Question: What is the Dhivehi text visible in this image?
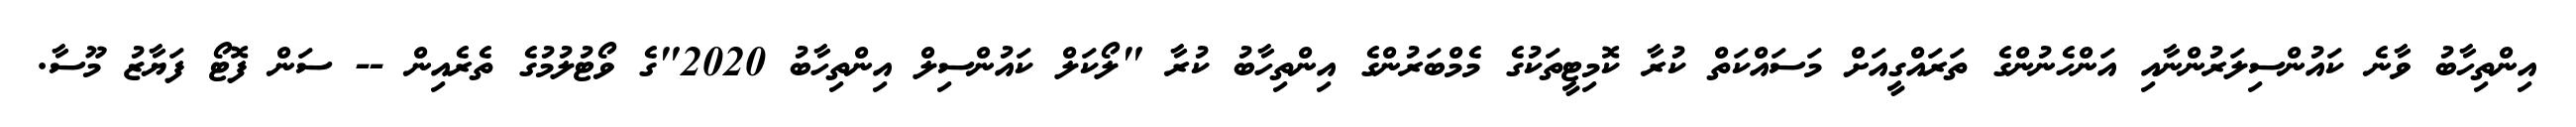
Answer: އިންތިހާބު ވާނެ ކައުންސިލަރުންނާއި އަންހެނުންގެ ތަރައްގީއަށް މަސައްކަތް ކުރާ ކޮމިޓީތަކުގެ މެމްބަރުންގެ އިންތިހާބު ކުރާ "ލޯކަލް ކައުންސިލް އިންތިހާބު 2020"ގެ ވޯޓުލުމުގެ ތެރެއިން -- ސަން ފޮޓޯ ފަޔާޒު މޫސާ.